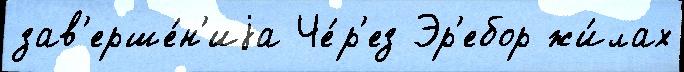
зав'ерше́н'иjа Че́р'ез Эр'ебор жи́лах